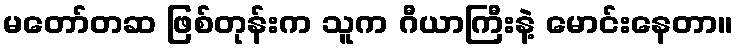
မတော်တဆ ဖြစ်တုန်းက သူက ဂီယာကြီးနဲ့ မောင်းနေတာ။